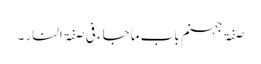
صفۃ جہنم باب ماجاء فی صفۃ النار ۔